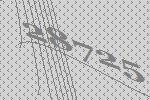
28725